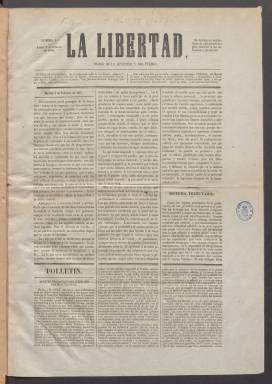
Título: La Libertad (Madrid. 1846)
Colección: Periódicos anteriores a 1850
Ámbito geográfico: Madrid
Lugar de publicación: Madrid
Fechas: 02/02/1846-18/03/1846